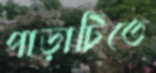
পাড়াটিতে